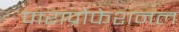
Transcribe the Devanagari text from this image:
पाराप्रोफेशनल